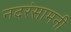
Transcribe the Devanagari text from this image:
नदरंसामनी